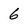
Character: 6